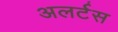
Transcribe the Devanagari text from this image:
अलर्टस